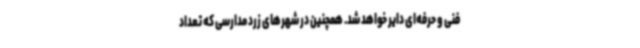
فنی و حرفه‌ای دایر خواهد شد. همچنین در شهرهای زرد مدارسی که تعداد